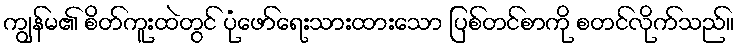
ကျွန်မ၏ စိတ်ကူးထဲတွင် ပုံဖော်ရေးသားထားသော ပြစ်တင်စာကို စတင်လိုက်သည်။